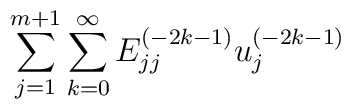
{\sum_{j=1}^{m+1} \sum_{k=0}^{\infty} E^{(-2k-1)}_{jj}u^{(-2k-1)}_j}